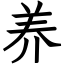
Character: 养